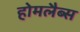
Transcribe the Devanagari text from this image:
होमलैब्स